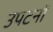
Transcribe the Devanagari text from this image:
उपटनों